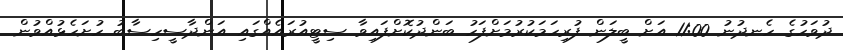
ދުވަހުގެ ހެނދުނު 11:00 އަށް ބީލަން ފުރިހަމަކުރުމަށްފަހު ބަންދުކޮށްފައިވާ ސިޓީއުރައެއްގައި އަންދާސީހިސާބު ހުށަހެޅުއްވުން